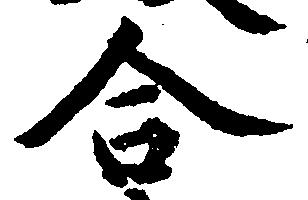
合